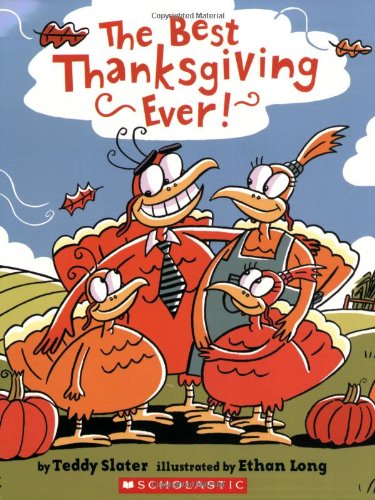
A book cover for The Best Thanksgiving Ever!; Teddy Slater; Children's Books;